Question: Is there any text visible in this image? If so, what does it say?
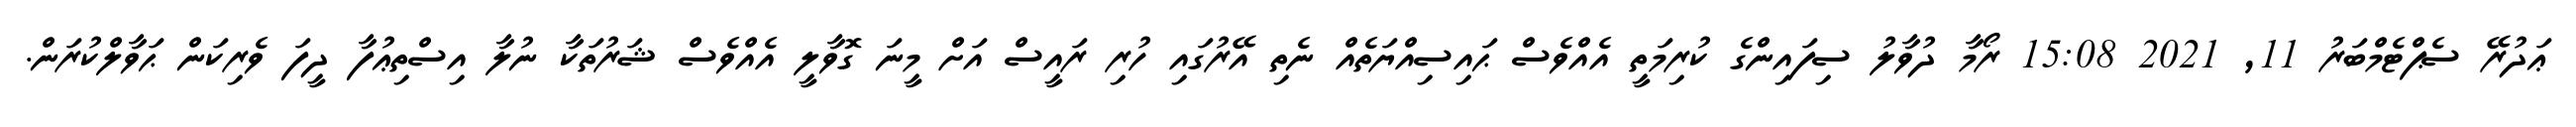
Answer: ޢަދުރޭ ސެޕްޓެމްބަރު 11, 2021 15:08 ރޯމާ ދުވާލު ސިފައިންގެ ކުރިމަތީ އެއްވެސް ޙައިސިއްޔަތެއް ނެތި އޭރުގައި ހުރި ރައީސް އަށް މީނަ ގޮވާލީ އެއްވެސް ޝަރުތަކާ ނުލާ އިސްތިޢުފާ ދީފަ ވެރިކަން ޙަވާލްކުރަން.